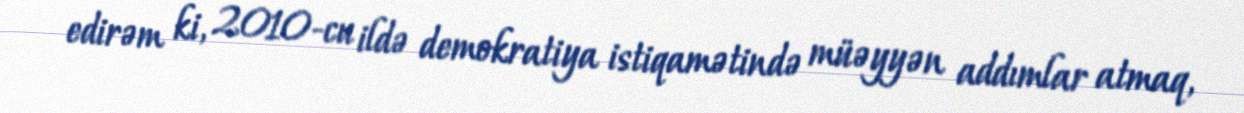
edirəm ki, 2010-cu ildə demokratiya istiqamətində müəyyən addımlar atmaq,